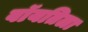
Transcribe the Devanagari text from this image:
वॉयतिला